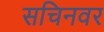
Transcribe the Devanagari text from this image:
सचिनवर